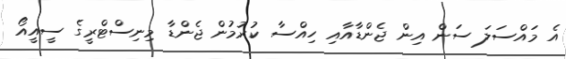
އެ މައްސަލަ ސަން އިން ޖެންޑާއާއި ހިއްސާ ކުރުމުން ޖެންޑާ މިނިސްޓްރީގެ ސީއީއޯ